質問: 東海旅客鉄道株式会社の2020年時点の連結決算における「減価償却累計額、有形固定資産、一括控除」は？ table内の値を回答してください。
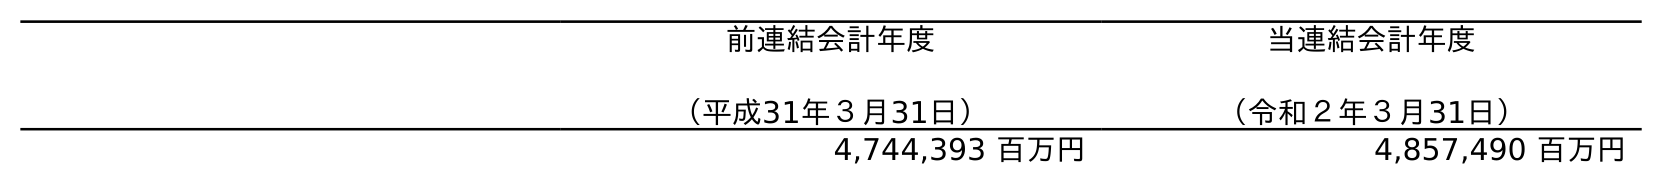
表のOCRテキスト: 前連結会計年度 （平成31年３月31日） 当連結会計年度 （令和２年３月31日） 4,744,393 百万円 4,857,490 百万円
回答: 4,857,490百万円